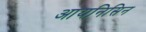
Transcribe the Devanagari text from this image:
आयनिसिन